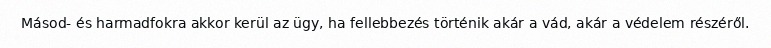
Másod- és harmadfokra akkor kerül az ügy, ha fellebbezés történik akár a vád, akár a védelem részéről.